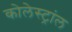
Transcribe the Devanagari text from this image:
कोलेस्ट्रांल